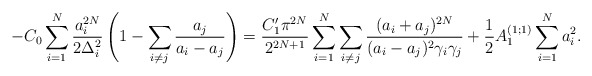
\begin{align*}-C_{0} \sum^{N}_{i=1} \frac{a^{2N}_{i}}{2 \Delta^{2}_{i}} \left(1 - \sum_{i \neq j} \frac{a_{j}}{a_{i} - a_{j}} \right) = \frac{C^{\prime}_{1} \pi^{2N}}{2^{2N+1}} \sum^{N}_{i=1} \sum_{i \neq j} \frac{(a_{i} + a_{j})^{2N}}{ (a_{i} - a_{j})^{2} \gamma_{i} \gamma_{j}} + \frac{1}{2} A^{(1;1)}_{1} \sum^{N}_{i=1} a^{2}_{i}. \end{align*}